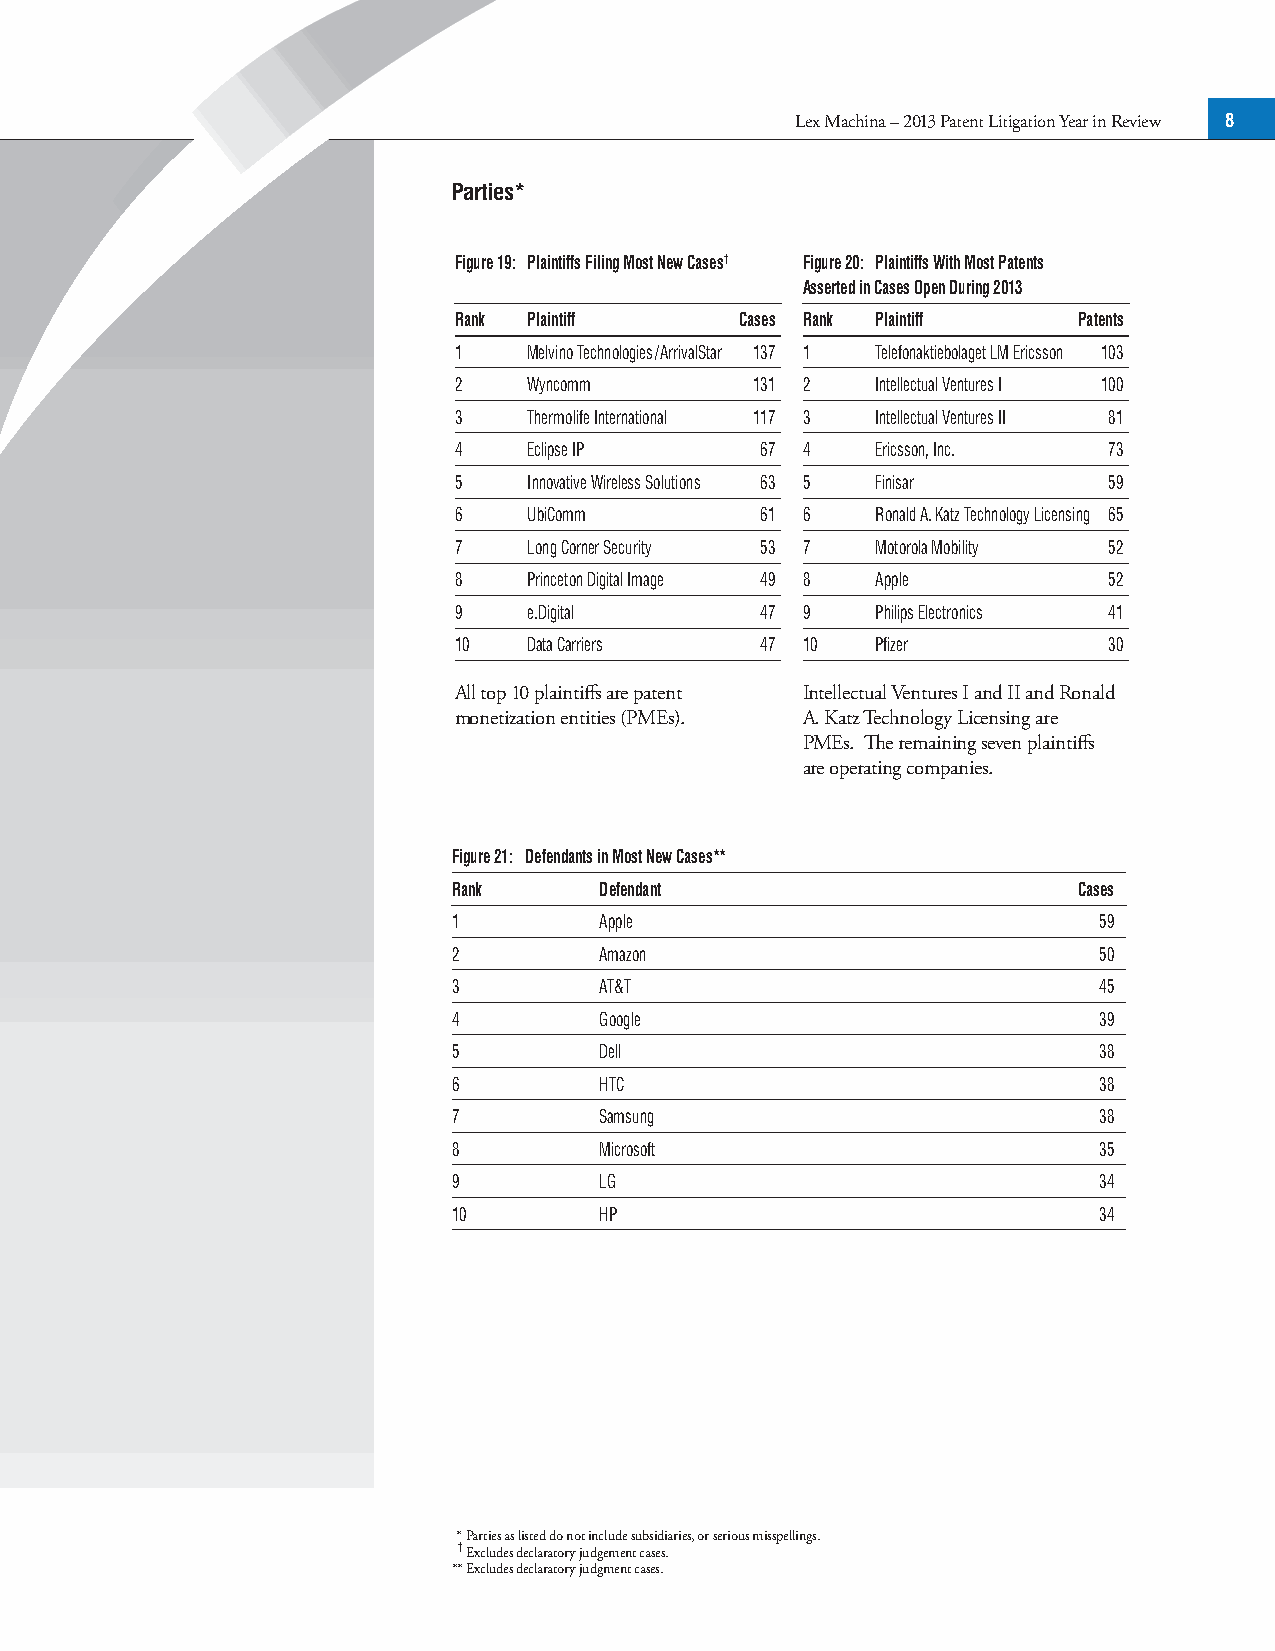
Lex Machina – 2013 Patent Litigation Year in Review 8
 Parties*
 Figure 19: Plaintiffs Filing Most New Cases† Figure 20: Plaintiffs With Most Patents
 Asserted in Cases Open During 2013
 Rank Plaintiff     Cases Rank Plaintiff  Patents
 1    Melvino Technologies/ArrivalStar 137 1 Telefonaktiebolaget LM Ericsson 103
 2    Wyncomm        131 2   Intellectual Ventures I 100
 3    Thermolife International 117 3 Intellectual Ventures II 81
 4    Eclipse IP     67 4    Ericsson, Inc. 73
 5    Innovative Wireless Solutions 63 5 Finisar 59
 6    UbiComm        61 6    Ronald A. Katz Technology Licensing 65
 7    Long Corner Security 53 7 Motorola Mobility 52
 8    Princeton Digital Image 49 8 Apple    52
 9    e.Digital      47 9    Philips Electronics 41
 10   Data Carriers  47 10   Pfizer         30
 All top 10 plaintiffs are patent Intellectual Ventures I and II and Ronald
 monetization entities (PMEs). A. Katz Technology Licensing are
 PMEs. The remaining seven plaintiffs
 are operating companies.
 Figure 21: Defendants in Most New Cases**
 Rank      Defendant                      Cases
 1         Apple                            59
 2         Amazon                           50
 3         AT&T                             45
 4         Google                           39
 5         Dell                             38
 6         HTC                              38
 7         Samsung                          38
 8         Microsoft                        35
 9         LG                               34
 10        HP                               34
 * Parties as listed do not include subsidiaries, or serious misspellings.
 † Excludes declaratory judgement cases.
 ** Excludes declaratory judgment cases.